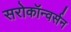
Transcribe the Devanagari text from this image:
सरोकॉन्वर्सन